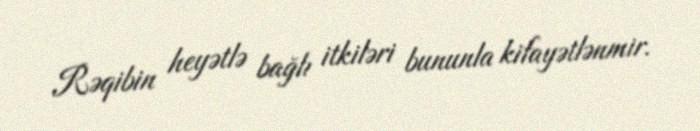
Rəqibin heyətlə bağlı itkiləri bununla kifayətlənmir.